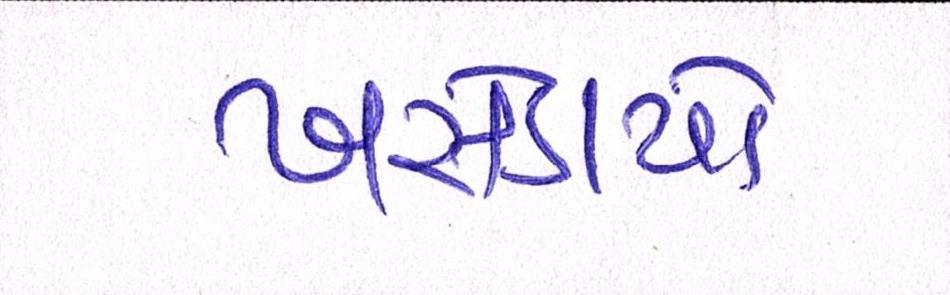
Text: ખસેડાયો